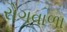
રોગવાળા